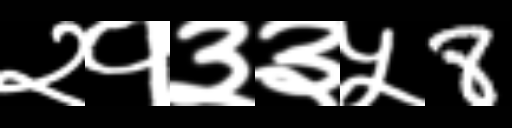
Text: २१३३५8